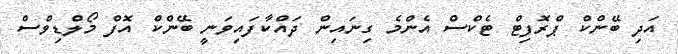
އަދި ބޭންކް ޕްރޮފިޓް ޓެކްސް އެންމެ ގިނައިން ދައްކާފައިވަނީ ބޭންކް އޮފް މޯލްޑިވްސް